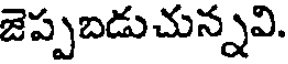
జెప్పబడుచున్నవి.